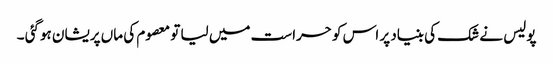
پولیس نے شک کی بنیاد پر اس کو حراست میں لیا تو معصوم کی ماں پریشان ہوگئی ۔